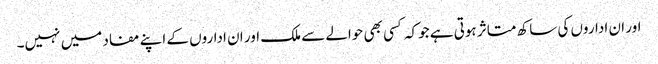
اور ان اداروں کی ساکھ متاثر ہوتی ہے جوکہ کسی بھی حوالے سے ملک اور ان اداروں کے اپنے مفاد میں نہیں۔